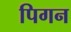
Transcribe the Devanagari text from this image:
पिगन